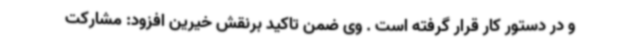
و در دستور کار قرار گرفته است . وی ضمن تاکید برنقش خیرین افزود: مشارکت